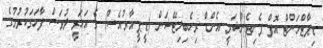
ޑިޕާޓްމަންޓް އޮފް ޕެނިޓެންޝަރީ އެންޑް ރިހެބިލިޓޭޝަން (ޑީ.ޕީ.އާރު.އެސް) ގެ އަހަރީ ދުވަސް ފާހަގަކުރުމުގެ